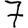
Digit: 7